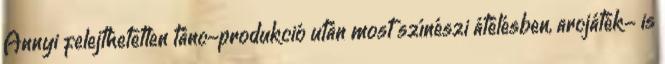
Annyi felejthetetlen tánc-produkció után most színészi átélésben, arcjáték- is